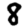
Digit: 8